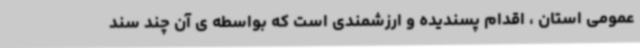
عمومی استان ، اقدام پسندیده و ارزشمندی است که بواسطه ی آن چند سند